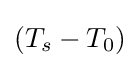
(T_{s}-T_{0})